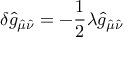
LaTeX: \delta \hat { g } _ { \hat { \mu } \hat { \nu } } = - \frac { 1 } { 2 } \lambda \hat { g } _ { \hat { \mu } \hat { \nu } }